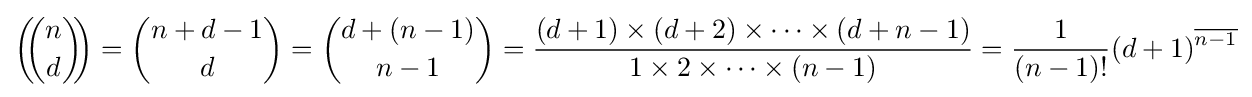
\left(\!\!{\binom {n}{d}}\!\!\right)={\binom {n+d-1}{d}}={\binom {d+(n-1)}{n-1}}={\frac {(d+1)\times (d+2)\times \cdots \times (d+n-1)}{1\times 2\times \cdots \times (n-1)}}={\frac {1}{(n-1)!}}(d+1)^{\overline {n-1}}